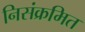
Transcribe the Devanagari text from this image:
निसंक्रमित